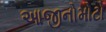
આજીનોમોટો